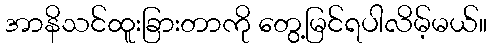
အာနိသင်ထူးခြားတာကို တွေ့မြင်ရပါလိမ့်မယ်။